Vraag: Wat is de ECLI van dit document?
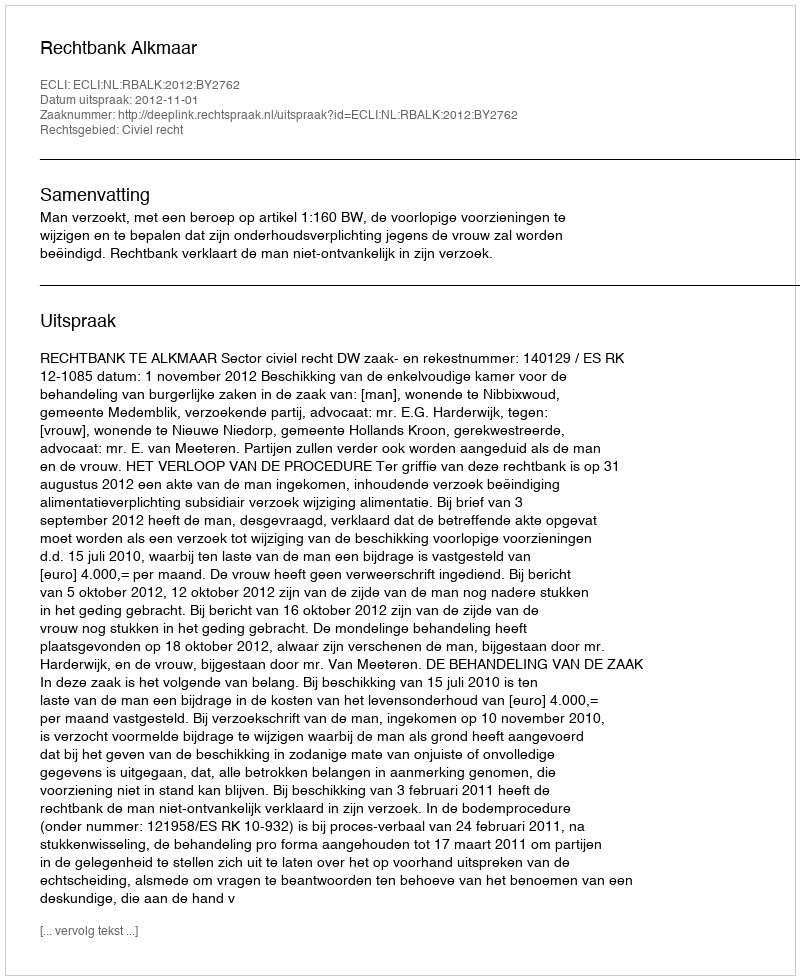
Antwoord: ECLI:NL:RBALK:2012:BY2762